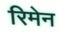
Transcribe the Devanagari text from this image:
रिमेन